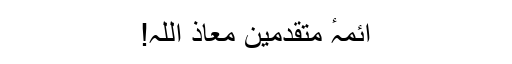
ائمہٴ متقدمین معاذ اللہ!